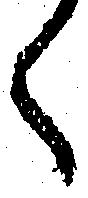
く